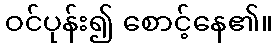
ဝင်ပုန်း၍ စောင့်နေ၏။